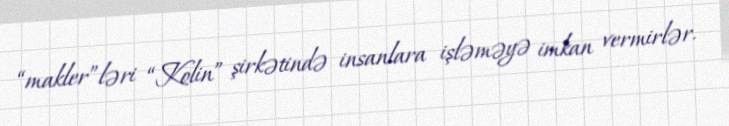
“makler”ləri “Kolin” şirkətində insanlara işləməyə imkan vermirlər.